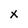
Character: X